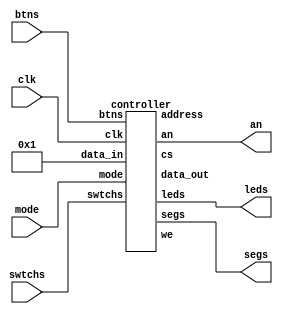
module top(clk, mode, btns, swtchs, leds, segs, an);
  input clk;
  input[1:0] mode;
  input[1:0] btns;
  input[7:0] swtchs;
  output[7:0] leds;
  output[6:0] segs;
  output[3:0] an;

  //might need to change some of these from wires to regs
  wire cs;
  wire we;
  wire[6:0] addr;
  wire[7:0] data_out_mem;
  wire[7:0] data_out_ctrl;
  wire[7:0] data_bus;

  //MODIFY THE RIGHT HAND SIDE OF THESE TWO STATEMENTS ONLY
  assign data_bus = 1; // 1st driver of the data bus -- tri state switches,
                       // logical function of we and data_out_ctrl

  assign data_bus = 1; // 2nd driver of the data bus -- tri state switches,
                       // logical function of we and data_out_mem


  controller ctrl(clk, cs, we, addr, data_bus, data_out_ctrl, mode,
    btns, swtchs, leds, segs, an);

  memory mem(clk, cs, we, addr, data_bus, data_out_mem);

  //add any other functions you need
  //(e.g. debouncing, multiplexing, clock-division, etc)

endmodule

///////////////////////////////////////////////////////////////////////////////
///////////////////////////////////////////////////////////////////////////////
///////////////////////////////////////////////////////////////////////////////
///////////////////////////////////////////////////////////////////////////////
///////////////////////////////////////////////////////////////////////////////

module controller(clk, cs, we, address, data_in, data_out, mode, btns, swtchs, leds, segs, an);
  input clk;
  output cs;
  output we;
  output[6:0] address;
  input[7:0] data_in;
  output[7:0] data_out;
  input[1:0] mode;
  input[1:0] btns;
  input[7:0] swtchs;
  output[7:0] leds;
  output[6:0] segs;
  output[3:0] an;


  //WRITE THE FUNCTION OF THE CONTROLLER

endmodule

///////////////////////////////////////////////////////////////////////////////
///////////////////////////////////////////////////////////////////////////////
///////////////////////////////////////////////////////////////////////////////
///////////////////////////////////////////////////////////////////////////////
///////////////////////////////////////////////////////////////////////////////

module memory(clock, cs, we, address, data_in, data_out);
  //DO NOT MODIFY THIS MODULE
  input clock;
  input cs;
  input we;
  input[6:0] address;
  input[7:0] data_in;
  output[7:0] data_out;

  reg[7:0] data_out;

  reg[7:0] RAM[0:127];

  always @ (negedge clock)
  begin
    if((we == 1) && (cs == 1))
      RAM[address] <= data_in[7:0];

    data_out <= RAM[address];
  end
endmodule